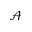
\mathcal { A }